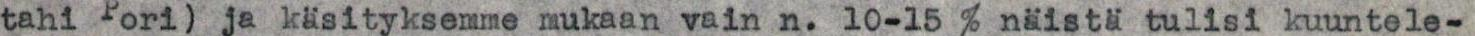
tahi Pori) ja käsityksemme mukaan vain n. 10-15 % näistä tulisi kuuntele-